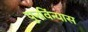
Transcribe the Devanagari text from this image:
पुनविंन्यास